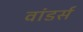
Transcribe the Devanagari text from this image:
वांडर्स